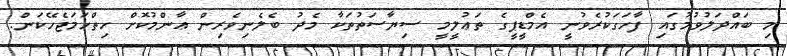
މި ބައްދަލުވުމުގައި ފާހަގަކުރެވުނީ އެމްޑީޕީގެ ތަޢުލީމީ ސިޔާސަތުތަކާ މެދު ބެލެނިވެރިން ޢާންމުކޮށް ހިތްހަމަޖެހޭކަން.